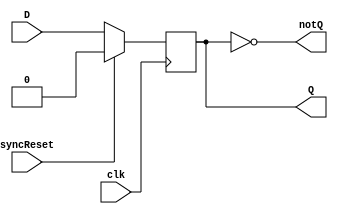
`timescale 1ns / 1ps
//////////////////////////////////////////////////////////////////////////////////
// Company: 
// Engineer: 
// 
// Design Name: 
// Module Name: dff_sync_reset
// Project Name: 
// Target Devices: 
// Tool Versions: 
// Description: 
// 
// Dependencies: 
// 
// Revision:
// Revision 0.01 - File Created
// Additional Comments:
// 
//////////////////////////////////////////////////////////////////////////////////


module dff_sync_reset(
    input D,
    input clk,
    input syncReset,
    output reg Q,
    output notQ
    );
    initial Q = 0;
    assign notQ = ~Q;
    always @(posedge clk) begin
        if(syncReset) begin
            Q <= 0;
        end else begin
            Q <= D;
        end
    end
    
endmodule